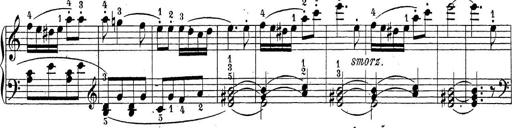
Title: Sonatina Album
Composer: Louis KÃ¶hler